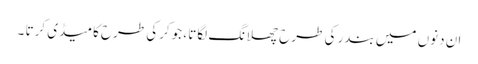
ان دنوں میں بندر کی طرح چھلانگ لگاتا ، جوکرکی طرح کامیڈی کرتا ۔